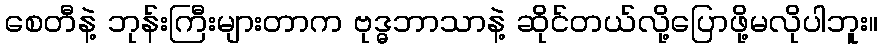
စေတီနဲ့ ဘုန်းကြီးများတာက ဗုဒ္ဓဘာသာနဲ့ ဆိုင်တယ်လို့ပြောဖို့မလိုပါဘူး။